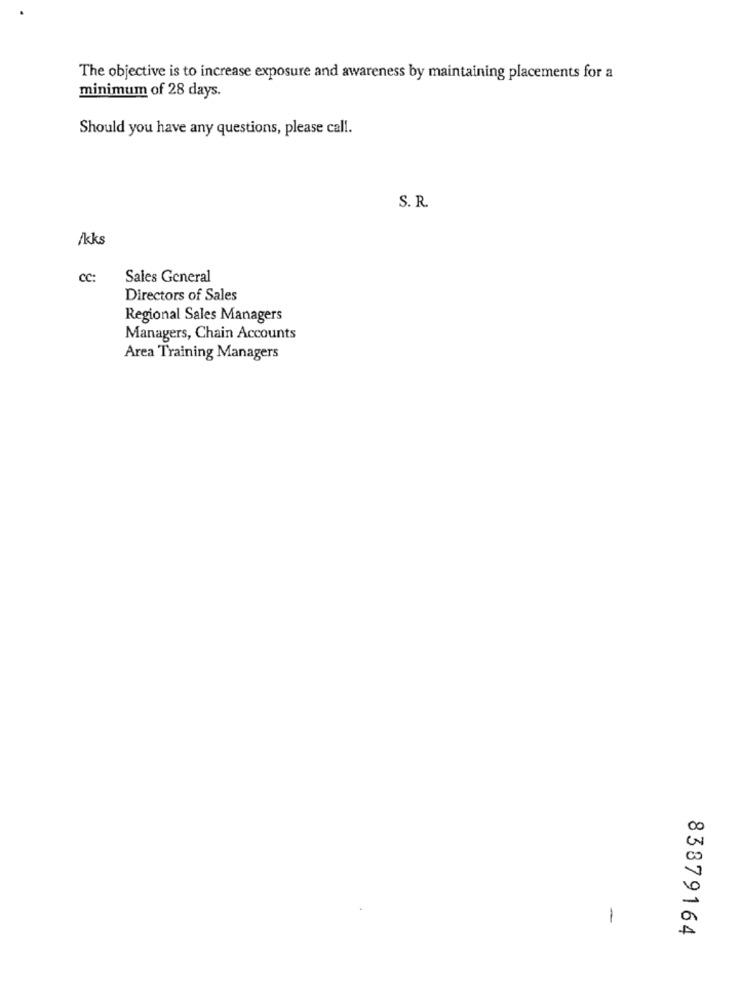
The objective is to increase exposure and awareness by maintaining placements for a
minimum of 28 days.
Should you have any questions, please call.
S. R.
/kks
CC:
Sales General
Directors of Sales
Regional Sales Managers
Managers, Chain Accounts
Area Training Managers
00
-
A
83879164